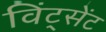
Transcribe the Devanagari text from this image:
विंट्सेंट